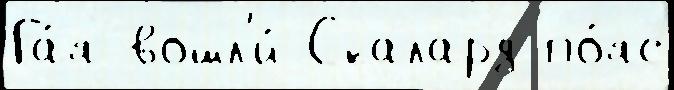
Га́я вошл'и́ Скалард по́яс